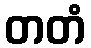
တတံ